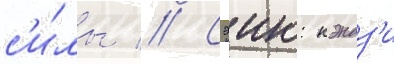
с'и́лы // Сэию: кэндз'и